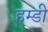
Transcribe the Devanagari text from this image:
हम्डी